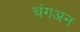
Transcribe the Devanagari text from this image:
चंगअन